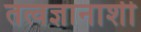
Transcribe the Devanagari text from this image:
तत्वज्ञानाशी